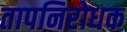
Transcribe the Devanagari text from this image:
तापनिरोधक